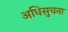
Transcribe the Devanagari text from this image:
अधिसुचना